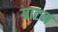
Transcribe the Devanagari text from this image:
ग्राटन